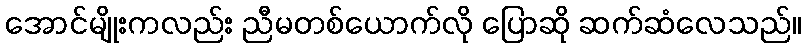
အောင်မျိုးကလည်း ညီမတစ်ယောက်လို ပြောဆို ဆက်ဆံလေသည်။